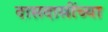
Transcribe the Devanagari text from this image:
दासदासींच्या